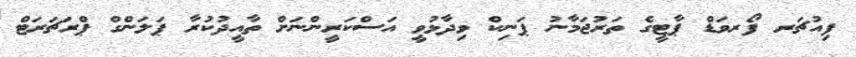
ފިއުޗަރ ފޯރވަޑް ޕާޓީގެ ތަރުޖަމާނު ޕަނިކް ވިދާޅުވީ އަސްކަރީންނަށް ތާއީދުކުރާ ޕަލަންގް ޕްރަޗަރަޓް